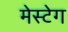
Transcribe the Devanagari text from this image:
मेस्टेग